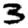
Digit: 3